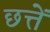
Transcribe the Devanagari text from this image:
छत्तें